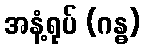
အနံ့ရုပ် (ဂန္ဓ)